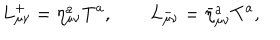
LaTeX: L _ { \mu \nu } ^ { + } = \eta _ { \mu \nu } ^ { a } T ^ { a } , \qquad L _ { \mu \nu } ^ { - } = { \bar { \eta } } _ { \mu \nu } ^ { a } T ^ { a } ,